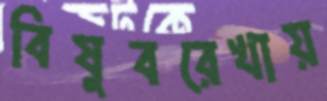
বিষুবরেখায়